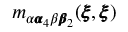
m _ { \alpha { \pmb \alpha } _ { 4 } \beta { \pmb \beta } _ { 2 } } ( { \pmb \xi } , { \pmb \xi } )